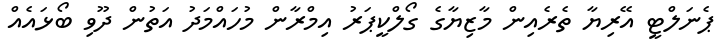
ޕެނަލްޓީ އޭރިޔާ ތެރެއިން މާޒިޔާގެ ގޯލްކީޕަރު އިމްރާން މުހައްމަދު އަތުން ދޫވި ބޯޅައެއް